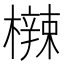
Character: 𬅀